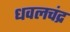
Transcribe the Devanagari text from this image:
धवलचंद्र